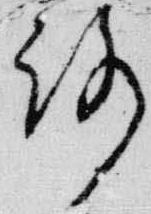
路